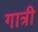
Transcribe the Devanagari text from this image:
गात्री